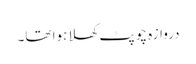
دروازہ چوپٹ کھلا ہوا تھا۔